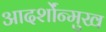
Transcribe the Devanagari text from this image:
आदर्शोंन्मुख